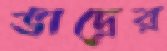
ভাদ্রের